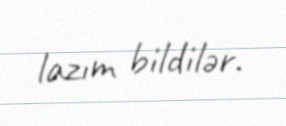
lazım bildilər.